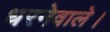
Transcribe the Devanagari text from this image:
धरनेवाले।